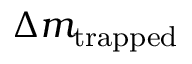
\Delta m _ { \mathrm { t r a p p e d } }